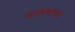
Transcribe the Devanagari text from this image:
चालयचा